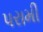
પરામી